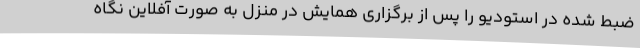
ضبط شده در استودیو را پس از برگزاری همایش در منزل به صورت آفلاین نگاه